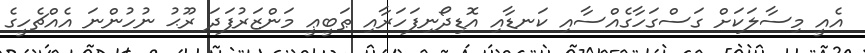
އެއީ މިސާލަކަށް ގަސްގަހާގެއްސާއި ކަނޑާއި އޮޑިދޯނިފަހަރާއި ޠަބީޢީ މަންޒަރުފަދަ ރޫޙު ނުހުންނަ އެއްޗެހީގެ